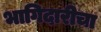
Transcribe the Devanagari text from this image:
भागिदारीचा